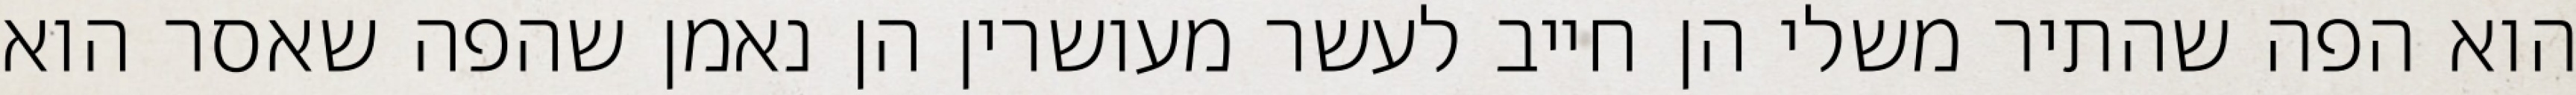
הוא הפה שהתיר משלי הן חייב לעשר מעושרין הן נאמן שהפה שאסר הוא